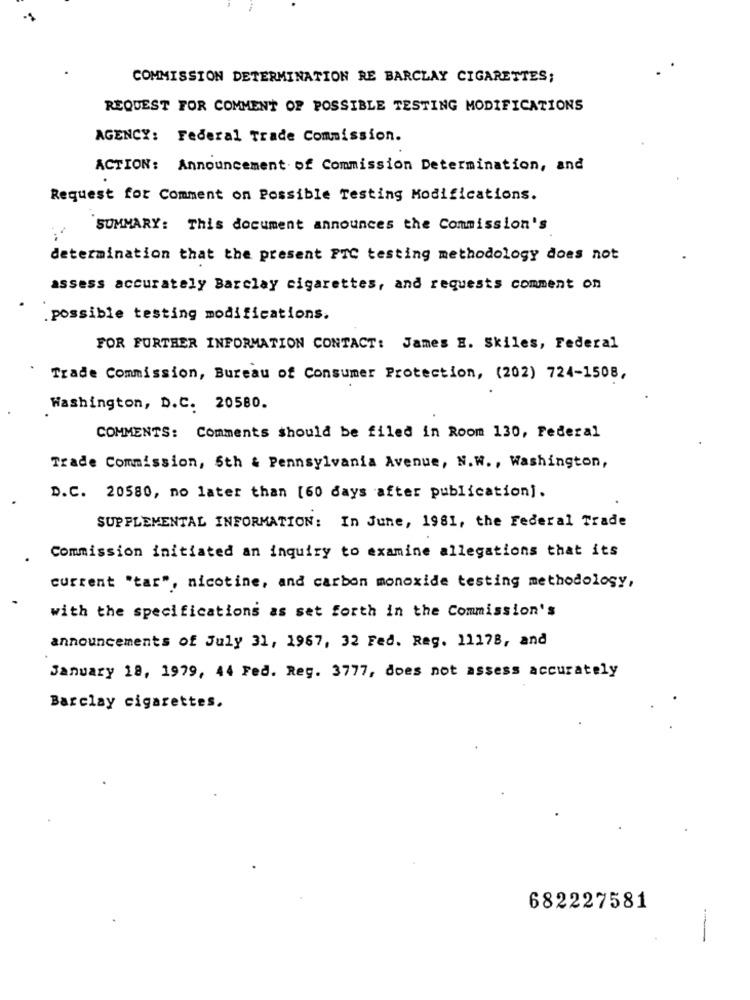
COMMISSION DETERMINATION RE BARCLAY CIGARETTES;
REQUEST FOR COMMENT OF POSSIBLE TESTING MODIFICATIONS
AGENCY: Federal Trade Commission.
ACTION: Announcement of Commission Determination, and
Request for Comment on Possible Testing Modifications.
SUMMARY: This document announces the Commission's
determination that the present FTC testing methodology does not
assess accurately Barclay cigarettes, and requests comment on
possible testing modifications.
FOR FURTHER INFORMATION CONTACT: James E. Skiles, Federal
Trade Commission, Bureau of Consumer Protection, (202) 724-1508,
Washington, D.C. 20580.
COMMENTS: Comments should be filed in Room 130, Federal
Trade Commission, 5th & Pennsylvania Avenue, N.W ., Washington,
D.C. 20580, no later than [60 days after publication].
SUPPLEMENTAL INFORMATION: In June, 1981, the Federal Trade
Commission initiated an inquiry to examine allegations that its
current "tar", nicotine, and carbon monoxide testing methodology,
with the specifications as set forth in the Commission's
announcements of July 31, 1967, 32 Fed. Reg. 11178, and
January 18, 1979, 44 Fed. Reg. 3777, does not assess accurately
Barclay cigarettes.
682227581